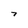
Character: 7